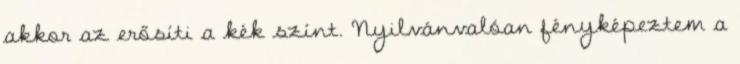
akkor az erősíti a kék színt. Nyilvánvalóan fényképeztem a